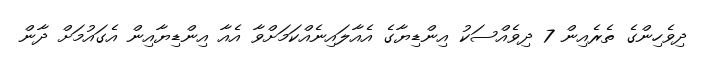
ދިވެހިންގެ ތެރެއިން 7 ދިވެއްސަކު އިންޑިޔާގެ އެއާލައިނެއްކަމަށްވާ އެއާ އިންޑިޔާއިން އެގައުމަށް ދާން